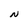
Character: N